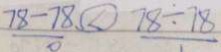
7 8 - 7 8 \textcircled { < } 7 8 \div 7 8